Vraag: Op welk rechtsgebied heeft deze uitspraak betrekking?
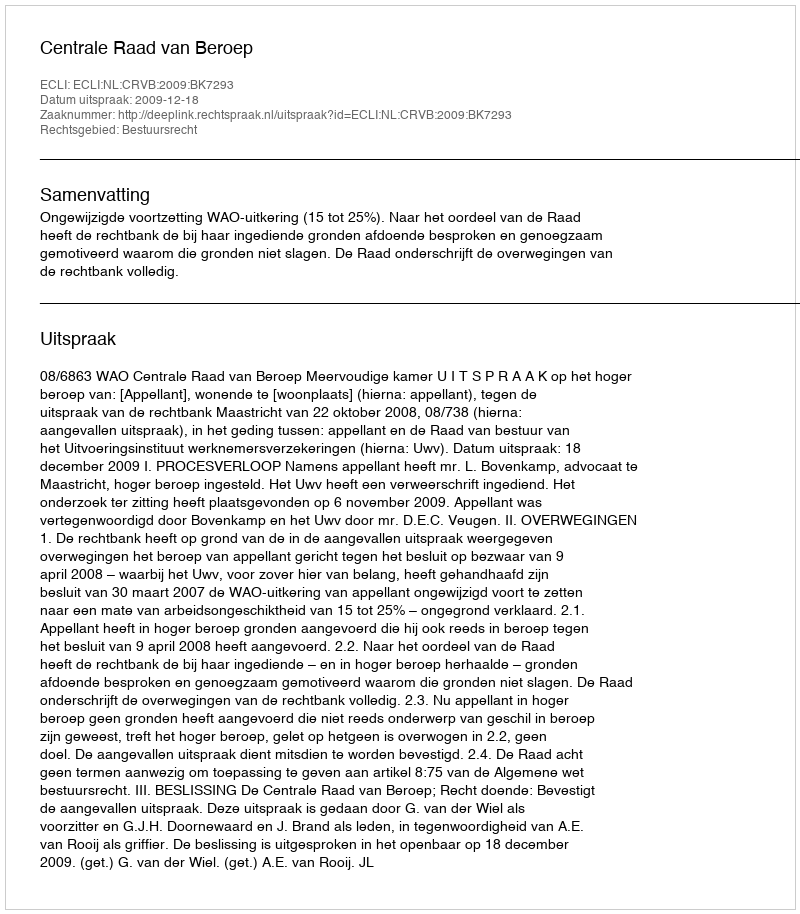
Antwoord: Bestuursrecht